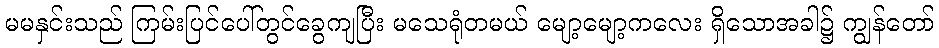
မမနှင်းသည် ကြမ်းပြင်ပေါ်တွင်ခွေကျပြီး မသေရုံတမယ် မျော့မျော့ကလေး ရှိသောအခါ၌ ကျွန်တော်